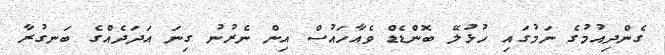
ގެންދިއުމުގެ ނަމުގައި ހުޅުލޭ ބޮންޑެޑް ވެއާހައުސް އިން ނެރުނު ގިނަ އަދަދެއްގެ ބަނގުރާ